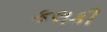
કલકી